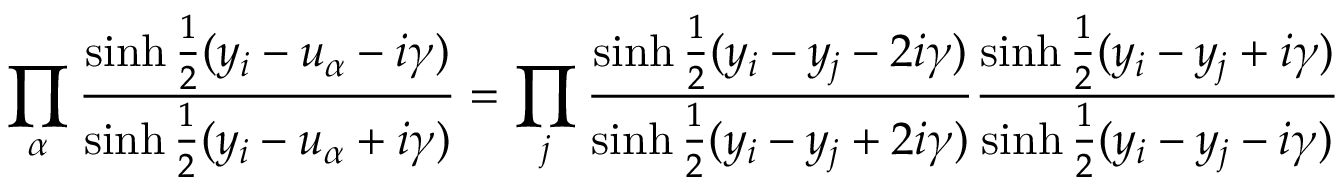
\prod _ { \alpha } { \frac { \sinh { \frac { 1 } { 2 } } ( y _ { i } - u _ { \alpha } - i \gamma ) } { \sinh { \frac { 1 } { 2 } } ( y _ { i } - u _ { \alpha } + i \gamma ) } } = \prod _ { j } { \frac { \sinh { \frac { 1 } { 2 } } ( y _ { i } - y _ { j } - 2 i \gamma ) } { \sinh { \frac { 1 } { 2 } } ( y _ { i } - y _ { j } + 2 i \gamma ) } } { \frac { \sinh { \frac { 1 } { 2 } } ( y _ { i } - y _ { j } + i \gamma ) } { \sinh { \frac { 1 } { 2 } } ( y _ { i } - y _ { j } - i \gamma ) } }